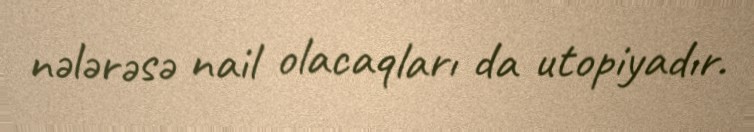
nələrəsə nail olacaqları da utopiyadır.